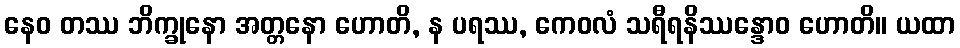
နေဝ တဿ ဘိက္ခုနော အတ္တနော ဟောတိ, န ပရဿ, ကေဝလံ သရီရနိဿန္ဒောဝ ဟောတိ။ ယထာ